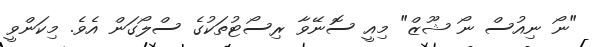
"ނޯ ނިއުސް ނޯ ޝޫޒް" މިއީ ސޮނޭވާ ރިސޯޓުތަކުގެ ސްލޯގަން އެވެ. މިކަންވީ